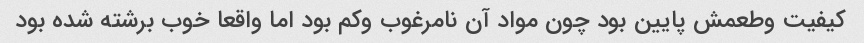
کیفیت وطعمش پایین بود چون مواد آن نامرغوب وکم بود اما واقعا خوب برشته شده بود